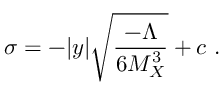
\sigma = - | y | \sqrt { { \frac { - { \Lambda } } { \displaystyle { 6 M _ { X } ^ { 3 } } } } } + c ~ . ~ \,